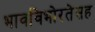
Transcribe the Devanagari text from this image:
भावविभोरतेसह